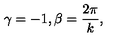
\gamma = - 1 , \beta = \frac { 2 \pi } k ,